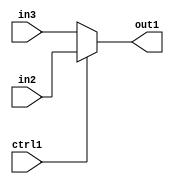
`timescale 1ps / 1ps
/*****************************************************************************
    Verilog RTL Description
    
    
    Created by: Stratus DpOpt 21.05.01 
*******************************************************************************/

module dut_N_Mux_16_2_25_4 (
	in3,
	in2,
	ctrl1,
	out1
	); /* architecture "behavioural" */ 
input [15:0] in3,
	in2;
input  ctrl1;
output [15:0] out1;
wire [15:0] asc001;

reg [15:0] asc001_tmp_0;
assign asc001 = asc001_tmp_0;
always @ (ctrl1 or in2 or in3) begin
	case (ctrl1)
		1'B1 : asc001_tmp_0 = in2 ;
		default : asc001_tmp_0 = in3 ;
	endcase
end

assign out1 = asc001;
endmodule

/* CADENCE  uLT3TQo= : u9/ySxbfrwZIxEzHVQQV8Q== ** DO NOT EDIT THIS LINE ******/